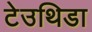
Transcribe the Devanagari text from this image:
टेउथिडा